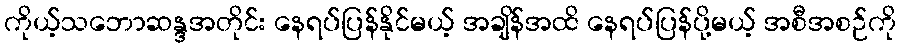
ကိုယ့်သဘောဆန္ဒအတိုင်း နေရပ်ပြန်နိုင်မယ့် အချိန်အထိ နေရပ်ပြန်ပို့မယ့် အစီအစဉ်ကို